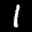
Label: 1